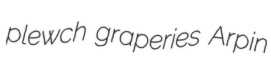
plewch graperies Arpin